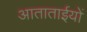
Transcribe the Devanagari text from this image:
आताताईयों